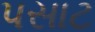
પસાટ